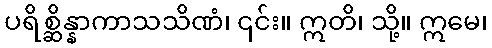
ပရိစ္ဆိန္နာကာသသိဏံ၊ ၎င်း။ ဣတိ၊ သို့။ ဣမေ၊